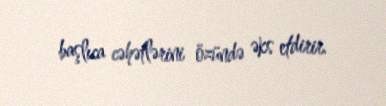
başlıca cəhətlərini özündə əks etdirir.